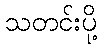
သတင်းပို့